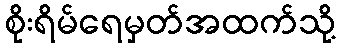
စိုးရိမ်ရေမှတ်အထက်သို့